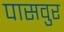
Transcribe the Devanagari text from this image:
पासवुर